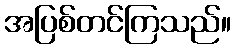
အပြစ်တင်ကြသည်။